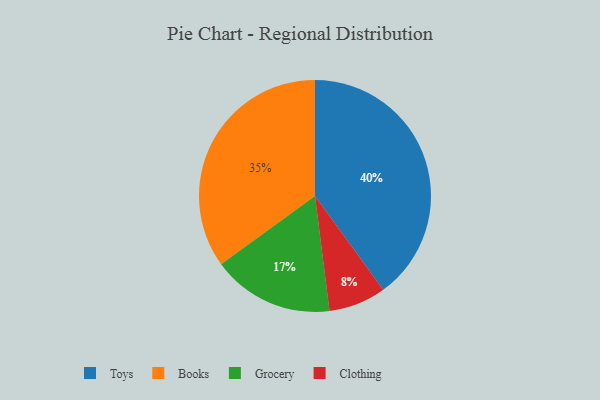
{"axis": {"x": "Category", "y": "Percentage"}, "legend": ["Books", "Clothing", "Grocery", "Toys"], "data": [{"x": "Grocery", "y": 17, "type": "Grocery"}, {"x": "Clothing", "y": 8, "type": "Clothing"}, {"x": "Toys", "y": 40, "type": "Toys"}, {"x": "Books", "y": 35, "type": "Books"}]}